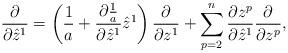
LaTeX: \begin{align*}\frac{\partial}{\partial\hat{z}^1}=\left(\frac{1}{a}+\frac{\partial\frac{1}{a}}{\partial\hat{z}^1}\hat{z}^1\right)\frac{\partial}{\partial z^1}+\sum_{p=2}^n\frac{\partial z^p}{\partial\hat{z}^1}\frac{\partial}{\partial z^p},\end{align*}